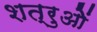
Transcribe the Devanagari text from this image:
शत्रुओें